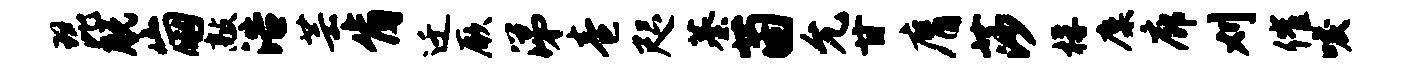
琵脱崩敲浩芸肯迁厥涕卷咫蓁茵允甘膺莎桴麋廊刈催唳